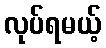
လုပ်ရမယ့်